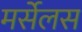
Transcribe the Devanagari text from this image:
मर्सेलस